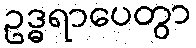
ဥဒ္ဓရာပေတွာ